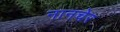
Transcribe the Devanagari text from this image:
नानचेर